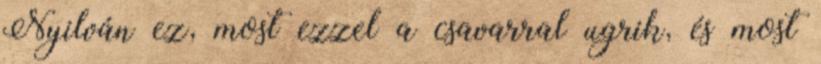
Nyilván ez, most ezzel a csavarral ugrik, és most